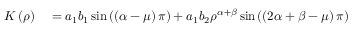
\begin{array} { r l } { K \left( \rho \right) } & { { } = a _ { 1 } b _ { 1 } \sin \left( \left( \alpha - \mu \right) \pi \right) + a _ { 1 } b _ { 2 } \rho ^ { \alpha + \beta } \sin \left( \left( 2 \alpha + \beta - \mu \right) \pi \right) } \end{array}